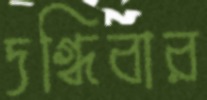
দগ্ধিবার